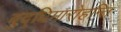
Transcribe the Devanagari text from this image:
बुद्धिमारोहन्ति